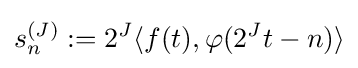
s_{n}^{(J)}:=2^{J}\langle f(t),\varphi (2^{J}t-n)\rangle